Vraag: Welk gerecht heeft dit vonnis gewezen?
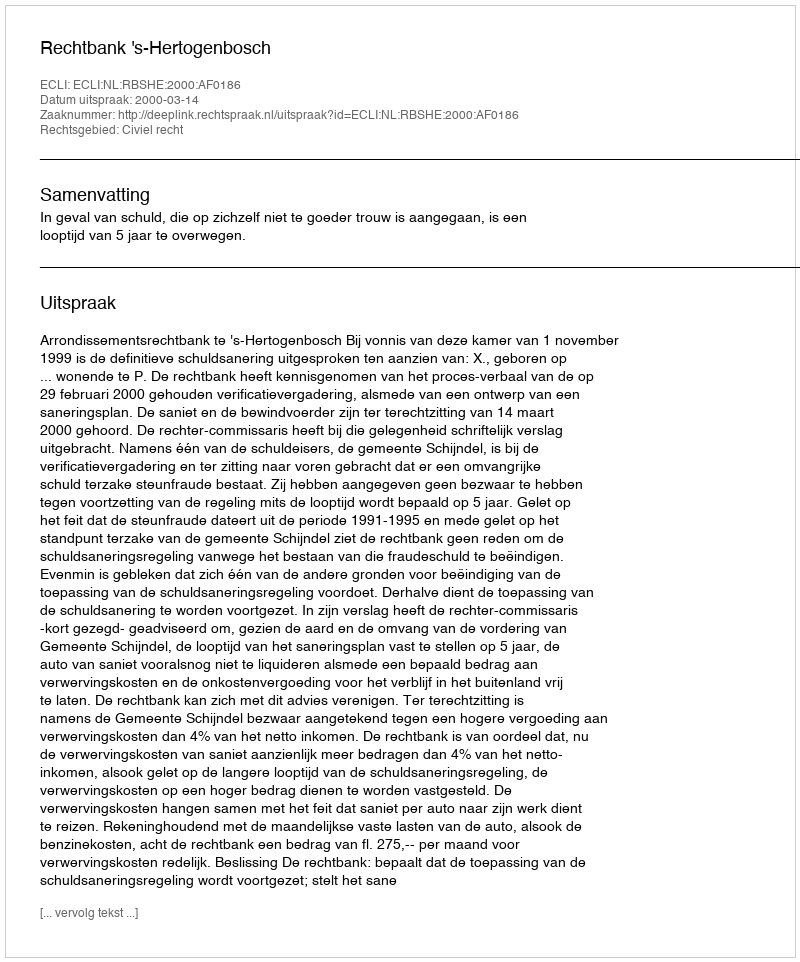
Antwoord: Rechtbank 's-Hertogenbosch